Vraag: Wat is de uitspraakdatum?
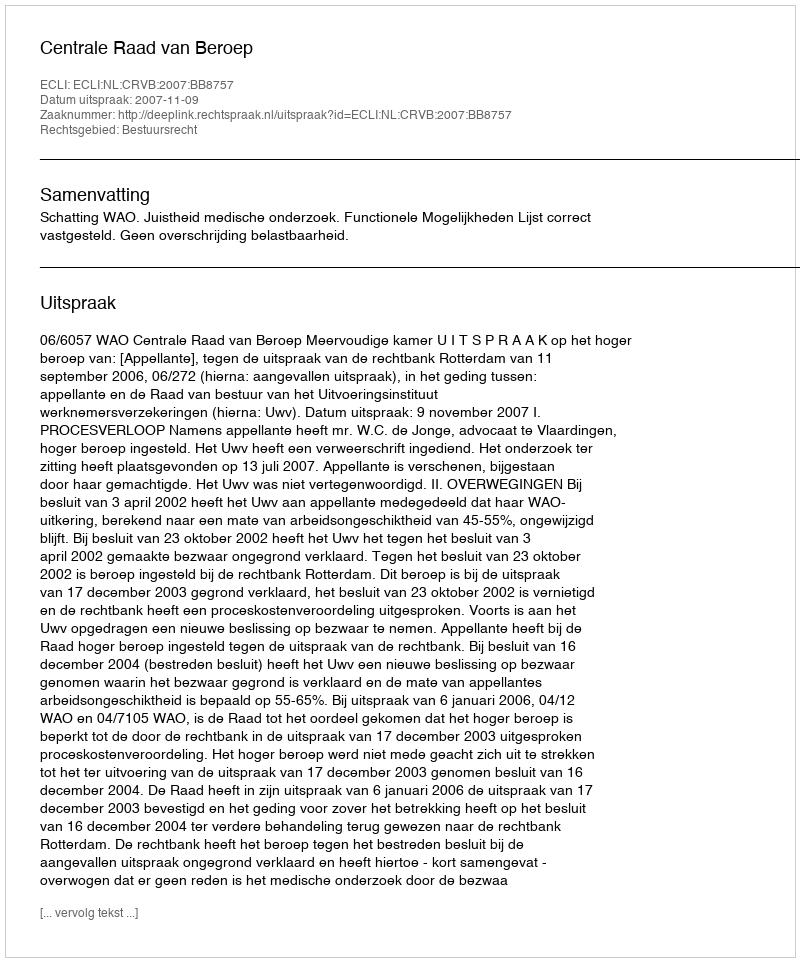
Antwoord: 2007-11-09